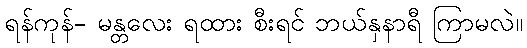
ရန်ကုန်- မန္တလေး ရထား စီးရင် ဘယ်နှနာရီ ကြာမလဲ။